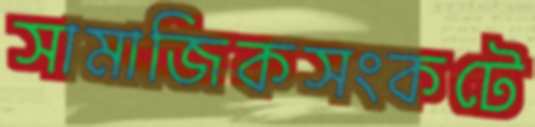
সামাজিকসংকটে